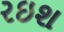
રઇશ